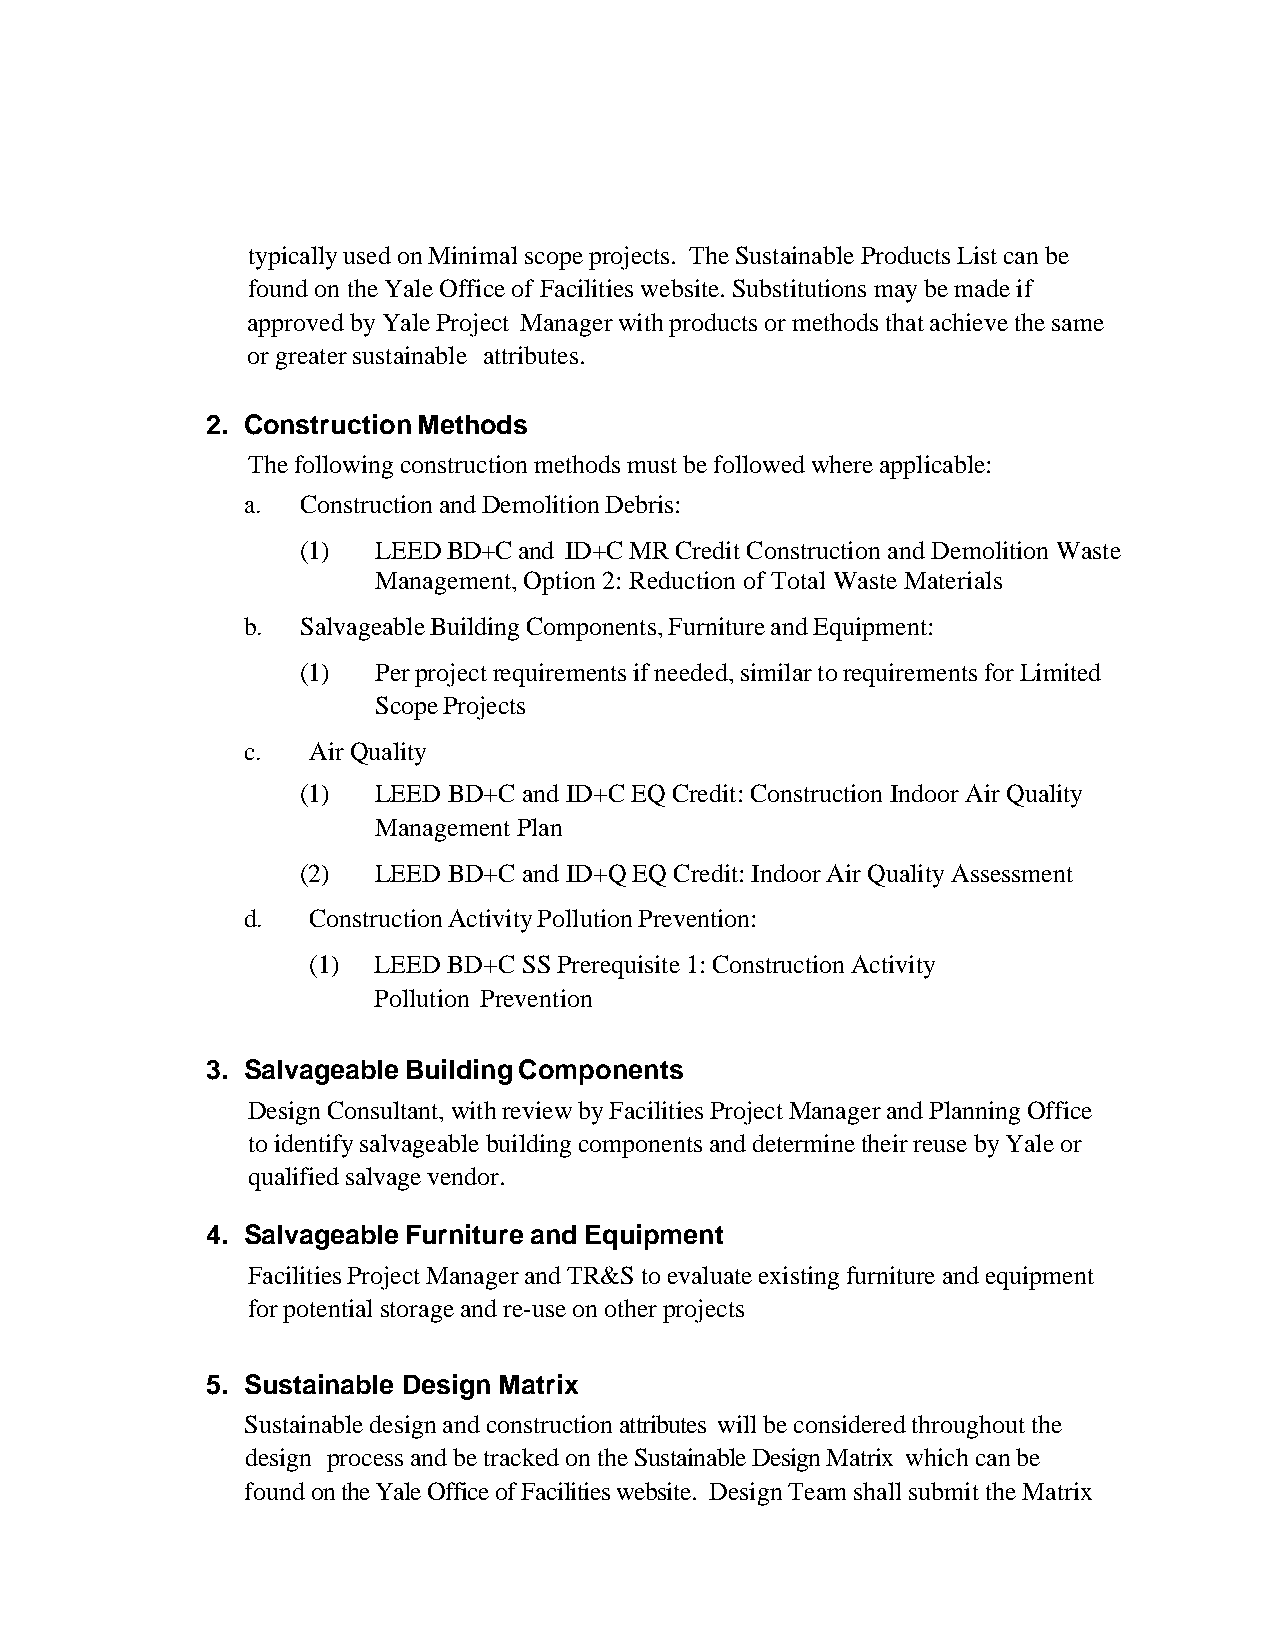
typically used on Minimal scope projects. The Sustainable Products List can be
 found on the Yale Office of Facilities website. Substitutions may be made if
 approved by Yale Project Manager with products or methods that achieve the same
 or greater sustainable attributes.
 2. Construction Methods
 The following construction methods must be followed where applicable:
 a.  Construction and Demolition Debris:
 (1)  LEED BD+C and ID+C MR Credit Construction and Demolition Waste
 Management, Option 2: Reduction of Total Waste Materials
 b.  Salvageable Building Components, Furniture and Equipment:
 (1)  Per project requirements if needed, similar to requirements for Limited
 Scope Projects
 c.  Air Quality
 (1)  LEED BD+C and ID+C EQ Credit: Construction Indoor Air Quality
 Management Plan
 (2)  LEED BD+C and ID+Q EQ Credit: Indoor Air Quality Assessment
 d.  Construction Activity Pollution Prevention:
 (1)  LEED BD+C SS Prerequisite 1: Construction Activity
 Pollution Prevention
 3. Salvageable Building Components
 Design Consultant, with review by Facilities Project Manager and Planning Office
 to identify salvageable building components and determine their reuse by Yale or
 qualified salvage vendor.
 4. Salvageable Furniture and Equipment
 Facilities Project Manager and TR&S to evaluate existing furniture and equipment
 for potential storage and re-use on other projects
 5. Sustainable Design Matrix
 Sustainable design and construction attributes will be considered throughout the
 design process and be tracked on the Sustainable Design Matrix which can be
 found on the Yale Office of Facilities website. Design Team shall submit the Matrix